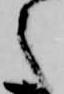
之